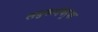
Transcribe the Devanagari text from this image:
लघुकादंबर्‍या